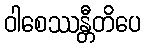
ဝါစေဿန္တီတိပေ